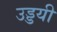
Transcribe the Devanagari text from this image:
उड्डयी